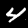
Digit: 4